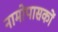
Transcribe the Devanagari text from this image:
नामोपासकों